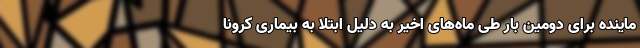
ماینده برای دومین بار طی ماه‌های اخیر به دلیل ابتلا به بیماری کرونا